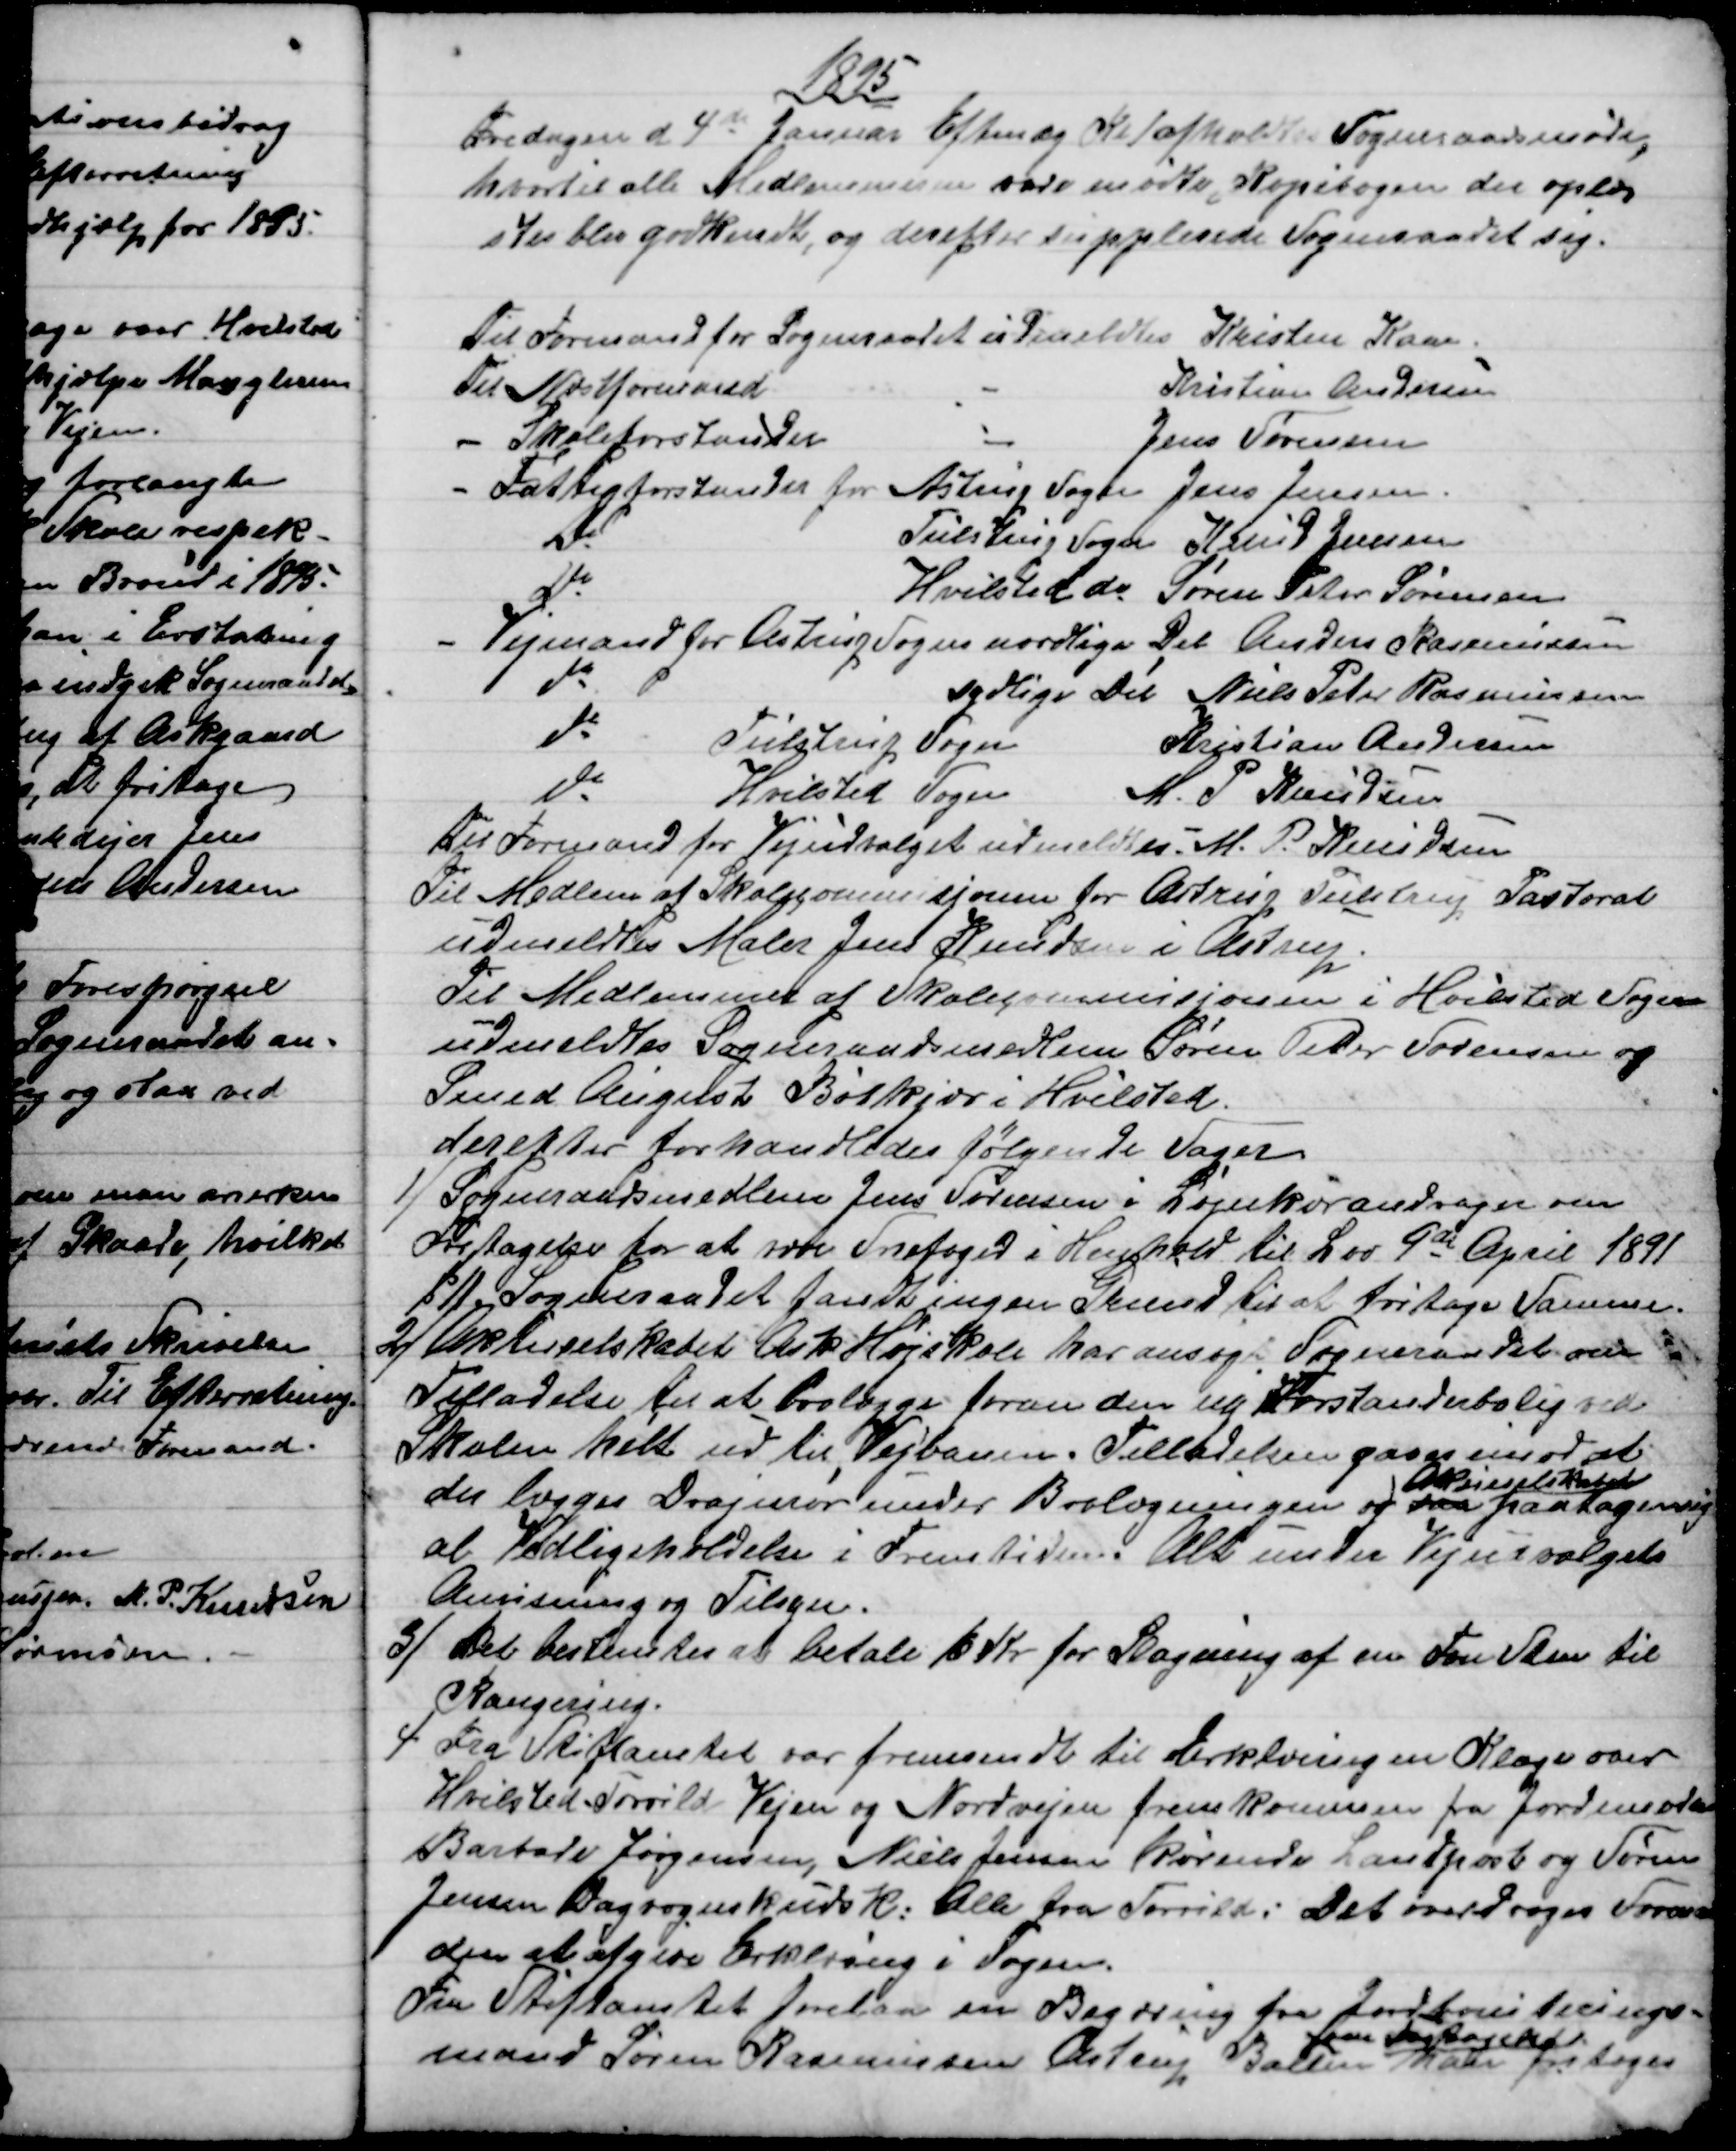
Transskription:
1895
Fredagen d. 4de Januar Eftmdg Kl 1 afholdtes Sogneraadsmøde
hvortil alle Medlemmerne vare mødte, Kopibogen der oplæs
ster blev godkendt, og derefter supplerede Sogneraadet sig.
Til Formand for Sogneraadet udmeldtes Kristen Kaae.
Til Næstformand 
Kristian Andersen
- Skoleforstander 
Jens Sørensen
- Fattigforstander for Astrup Sogn Jens Jensen.
Do
Tulstrup Sogn Knud Jensen
Do
Hvilsted do Søren Peter Sørensen
- Vejmand for Astrup Sogns nordlige Del Anders Rasmussen
do
sydlige Del Niels Peter Rasmussen
do
Tulstrup Sogn
Kristian Andersen
do
Hvilsted Sogn
M. P. Knudsen
Til Formand for Vejudvalget udmeldtes M. P. Knudsen
Til Medlem af Skolekommisjonen for Astrup Tulstrup Pastorat
udmeldtes Maler Jens Knudsen i Astrup
Til Medlemmer af Skolecommisjonen i Hvilsted Sogn
udmeldtes Sogneraadsmedlem Søren Peter Sørensen og
Smed August Bøtkjær i Hvilsted.
derefter forhandledes følgende Sager
1)
Sogneraadsmedlem Jens Sørensen i Løjenkær andrager om
Fritagelse for at være Snefoged i Henhold til Lov 9de April 1891
§11. Sogneraadet fandt ingen Grund til at fritage Samme.
2) 
Aktiesselskabet Ask Højskole har ansøgt Sogneraadet om
Tilladelse til at brolægge foran den ny Forstanderbolig ved
Skolen helt ud til Vejbanen. Tilladelsen gaves imod at
der lægges Drajnrør under Brolægningen og fra
Aktieselskabet
paatager sig
al Vedligeholdelse i Fremtiden. Alt under Vejudvalgets
Anvisning og Tilsyn.
3)
Det bestemtes at betale 16 Kr for Slagning af en Fvn Sten til
Rangering.
4)
Fra Stiftamtet var fremsendt til Erklæring en Klage over
Hvilsted-Torrild Vejen og Nordvejen fremkommen fra Jordemoder
Barbara Jørgensen, Niels Jensen kørende Landpost og Søren
Jensen Dagvognskudsk: Alle fra Torrild: Det overdroges Forman
den at afgive Erklæring i Sagen.
Fra Stiftamtet forelaa en Begæring fra Jordboniterings-
mand Søren Rasmussen Astrup Ballen 
om Fritagelse
Han fritoges